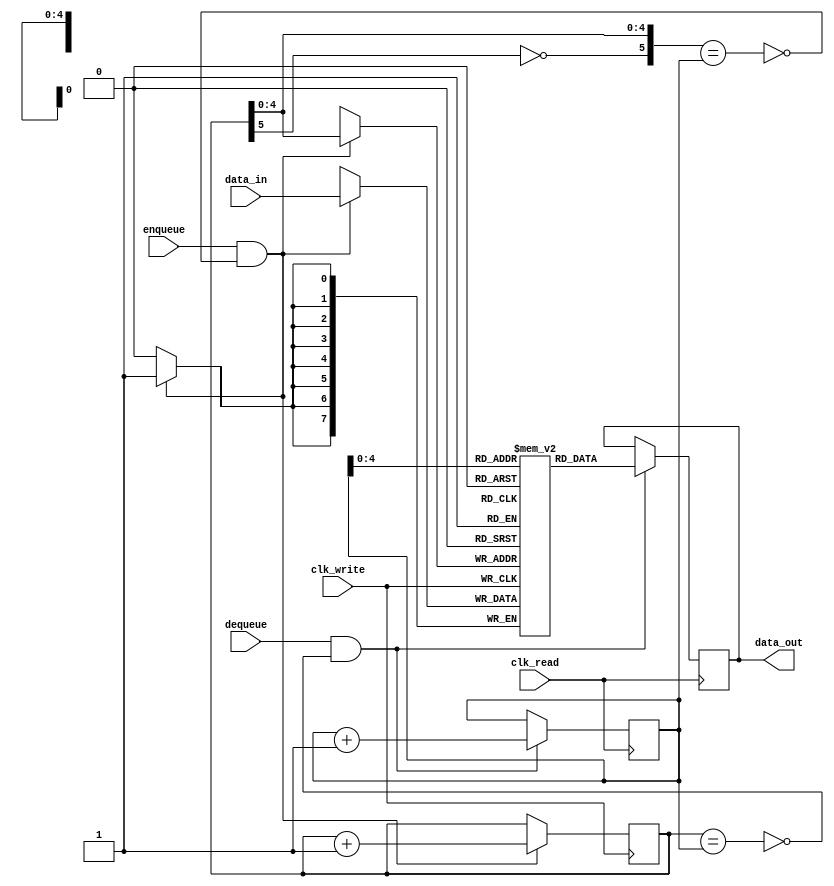
//
// Verilog Module test2_lib.fifo1
//
// Created:
//          by - alymo.UNKNOWN (AELRUBY)
//          at - 15:48:26 03-Mar-23
//
// using Mentor Graphics HDL Designer(TM) 2021.1 Built on 14 Jan 2021 at 15:11:42
//
//in this design we made the read operation susupended if the empty flag is raisd and write operatio is suspended if the full flag is suspended to avoid -
//-lossing data and undesirable behavior
module FIFO(clk_read,clk_write,data_in,enqueue,dequeue,data_out);
  parameter ADDR_WIDTH=5;
  parameter DATA_WIDTH=8;
  input [DATA_WIDTH-1:0] data_in;
  input wire clk_read,clk_write,enqueue,dequeue;
  output reg [DATA_WIDTH-1:0] data_out;
  //internal flags
  wire full,empty;
  //internal registers
  reg [ADDR_WIDTH:0] wr_addr=0,rd_addr=0;
/////////////////////////
//memory ram
  reg [DATA_WIDTH-1:0] fifo [(2**ADDR_WIDTH)-1:0];
//////////assign empty and full flags
  assign full=({!wr_addr[ADDR_WIDTH] , wr_addr[ADDR_WIDTH-1:0]} == rd_addr);//check for equality after warping around we compare n-1 bits and !n th bit
  assign empty = (wr_addr == rd_addr);//checking for equality for all bits
///////// Read block with only read clock to avoid CDC
  always @(posedge clk_read) begin
    if(dequeue && !empty) begin
      data_out<= fifo[rd_addr[ADDR_WIDTH-1:0]];
      rd_addr<=rd_addr+1;
      end
  end
  ////////
////write block
  always @(posedge clk_write) begin
    if(enqueue && !full) begin
      fifo[wr_addr[ADDR_WIDTH-1:0]]<=data_in;
      wr_addr<=wr_addr+1;
      end
  end
endmodule